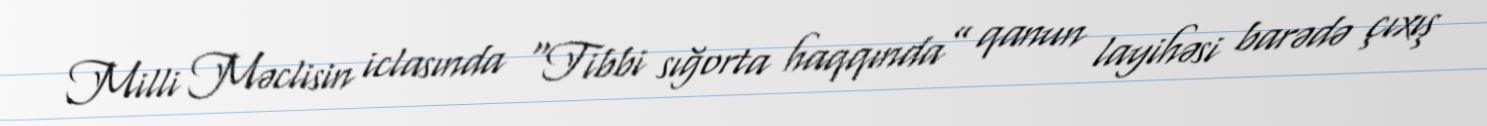
Milli Məclisin iclasında “Tibbi sığorta haqqında” qanun layihəsi barədə çıxış